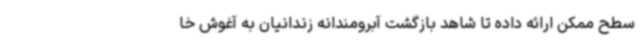
سطح ممکن ارائه داده تا شاهد بازگشت آبرومندانه زندانیان به آغوش خا